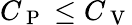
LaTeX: C_{\mathrm{~P~}}\leq C_{\mathrm{~V~}}